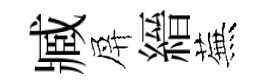
臧屏縉蕪